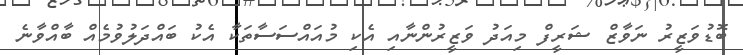
ބޮޑުވަޒީރު ނަވާޒް ޝަރީފް މިއަދު ވަޒީރުންނާއި އެކި މުއައްސަސާތަކާ އެކު ބައްދަލުވުމެއް ބާއްވާނެ